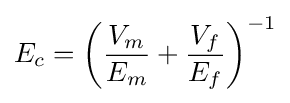
E_{c}=\left({\frac {V_{m}}{E_{m}}}+{\frac {V_{f}}{E_{f}}}\right)^{-1}